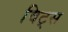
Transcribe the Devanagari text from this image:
विट्स